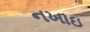
નખાઇ